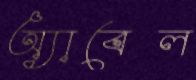
অ্যাবেল